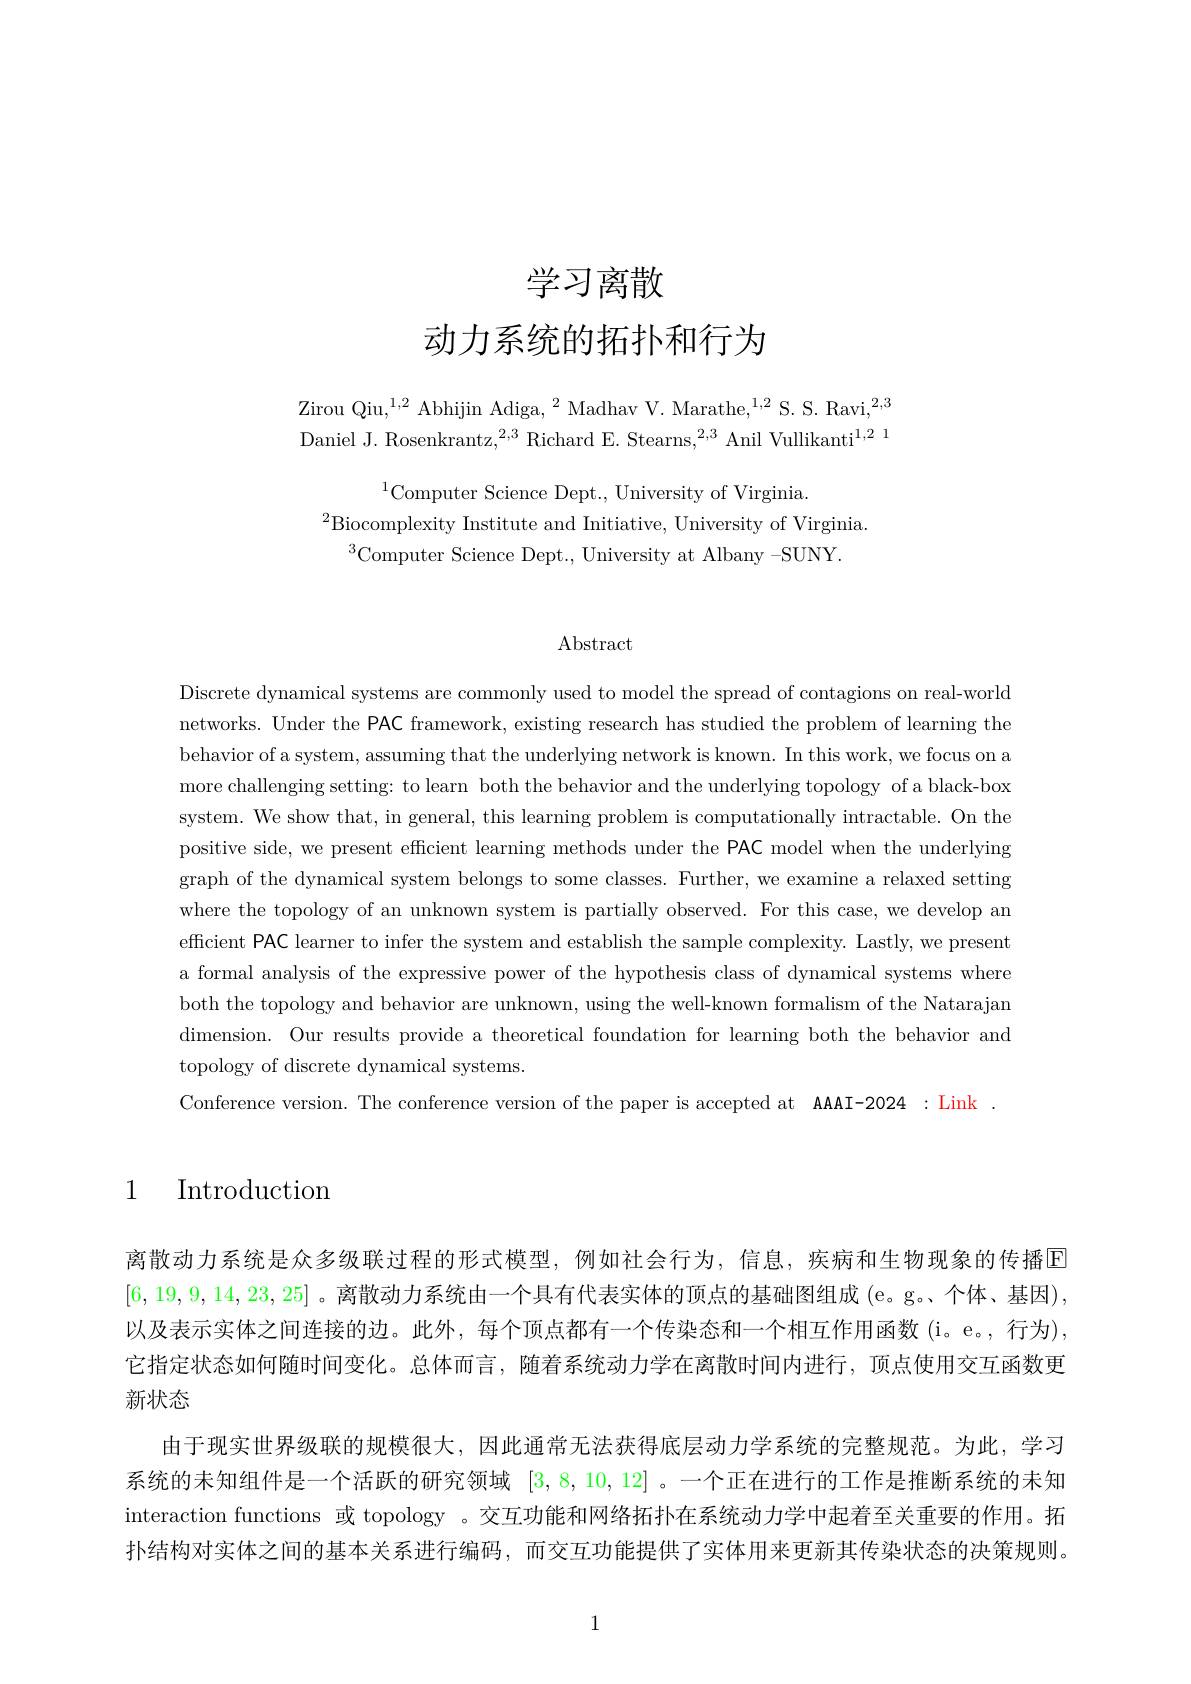
学习离散

动力系统的拓扑和行为

Zirou Qiu,$^1,2$ Abhijin Adiga,$^2$Madhav V. Marathe,$^1,2$ S. S. Ravi,$^{2,3}$ Daniel J. Rosenkrantz,$^2,3$ Richard E. Stearns,$^{2,3}$ Anil Vullikanti$^1,2^{1}$

$^{1}$Computer Science Dept., University of Virginia
$^{2}$Biocomplexity Institute and Initiative, University of Virginia
$^{3}$Computer Science Dept., University at Albany -SUNY

## Abstract

Discrete dynamical systems are commonly used to model the spread of contagions on real-world networks. Under the PAC framework, existing research has studied the problem of learning the behavior of a system, assuming that the underlying network is known. In this work, we focus on a more challenging setting: to learn both the behavior and the underlying topology of a black-box system. We show that, in general, this learning problem is computationally intractable. On the positive side, we present efficient learning methods under the PAC model when the underlying graph of the dynamical system belongs to some classes. Further, we examine a relaxed setting where the topology of an unknown system is partially observed. For this case, we develop an efficient PAC learner to infer the system and establish the sample complexity. Lastly, we present a formal analysis of the expressive power of the hypothesis class of dynamical systems where both the topology and behavior are unknown, using the well-known formalism of the Natarajan dimension. Our results provide a theoretical foundation for learning both the behavior and topology of discrete dynamical systems.
Conference version. The conference version of the paper is accepted at AAAI-2024 : Link

## 1 Introduction

离散动力系统是众多级联过程的形式模型，例如社会行为，信息，疾病和生物现象的传播E [6,19,9,14,23,25] 。离散动力系统由一个具有代表实体的顶点的基础图组成 (e。g。、个体、基因), 以及表示实体之间连接的边。此外，每个顶点都有一个传染态和一个相互作用函数 (i。e。, 行为), 它指定状态如何随时间变化。总体而言，随着系统动力学在离散时间内进行，顶点使用交互函数更新状态
由于现实世界级联的规模很大，因此通常无法获得底层动力学系统的完整规范。为此，学习系统的未知组件是一个活跃的研究领域[3,8,10,12] 。一个正在进行的工作是推断系统的末知interaction functions 或 topology 。交互功能和网络拓扑在系统动力学中起着至关重要的作用。拓扑结构对实体之间的基本关系进行编码，而交互功能提供了实体用来史新其传染状态的决策规则。

1